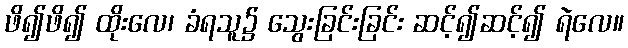
ဖိ၍ဖိ၍ ထိုးလေ၊ ခံရသူ၌ သွေးခြင်းခြင်း ဆင့်၍ဆင့်၍ ရဲလေ။